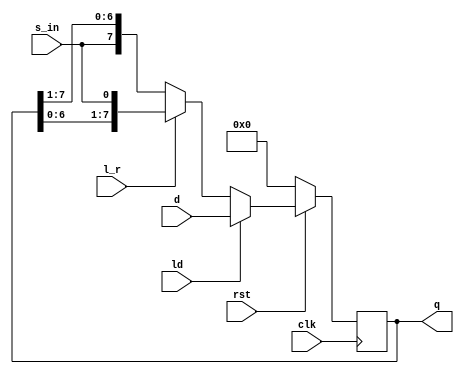

module shift_reg #(parameter N=8)(input [N-1:0] d, input clk, ld, rst, l_r, s_in,
output reg [N-1:0] q);
always @( posedge clk ) begin
if( rst == 0)
 q <= 4'b0000;
else if( ld )
 q <= d;
else if( l_r )
 q <= {q[N-2:0], s_in};
else
 q <= {s_in, q[N-1:1]};
end
endmodule